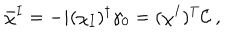
\bar { \chi } ^ { I } = - i ( \chi _ { I } ) ^ { \dagger } \gamma _ { 0 } = ( \chi ^ { I } ) ^ { T } { \cal C } \ ,